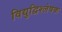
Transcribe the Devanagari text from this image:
विद्युद्विश्लेषक